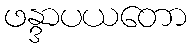
ဖန္ဒာပယတော